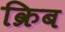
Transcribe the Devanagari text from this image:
क्रिब